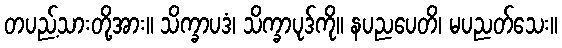
တပည့်သားတို့အား။ သိက္ခာပဒံ၊ သိက္ခာပုဒ်ကို။ နပညပေတိ၊ မပညတ်သေး။